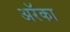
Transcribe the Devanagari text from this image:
अरॅका